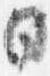
日